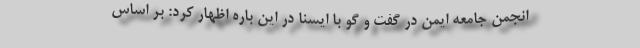
انجمن جامعه ایمن در گفت و گو با ایسنا در این باره اظهار کرد: بر اساس